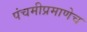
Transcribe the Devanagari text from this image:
पंचमीप्रमाणेच